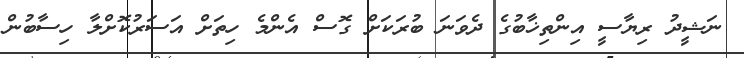
ނަޝީދު ރިޔާސީ އިންތިޚާބުގެ ދެވަނަ ބުރަކަށް ގޮސް އެންމެ ހިތަށް އަސަރުކޮށްލާ ހިސާބުން